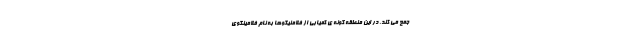
جمع می کند. در این منطقه گونه ی کمیابی از فلامنیگوها به نام فلامینگوی